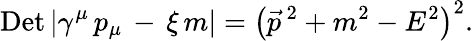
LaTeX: \mathrm{Det\, }|\gamma^{\mu}\, p_{\mu}\, -\, \xi\, m|=\left({\vec{p}}^{\, 2}+m^{2}-E^{2}\right)^{2}.